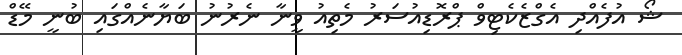
ޝޯ އުފެއްދި އެގްޒެކެޓިވް ޕްރޮޑިއުސަރު މެތިއު ވީނާ ނެރުނު ބަޔާނެއްގައި ބުނީ މޭޑް